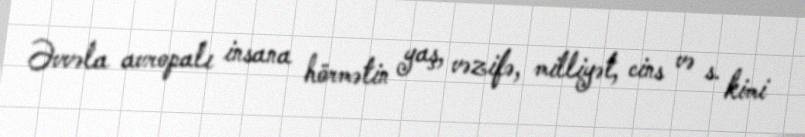
Əvvəla avropalı insana hörmətin yaş, vəzifə, milliyət, cins və s. kimi